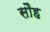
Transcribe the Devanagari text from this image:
सौह